Vaccination North-Western Provinces and Oudh 1896-1901 - 1896-1901
Year: 1896
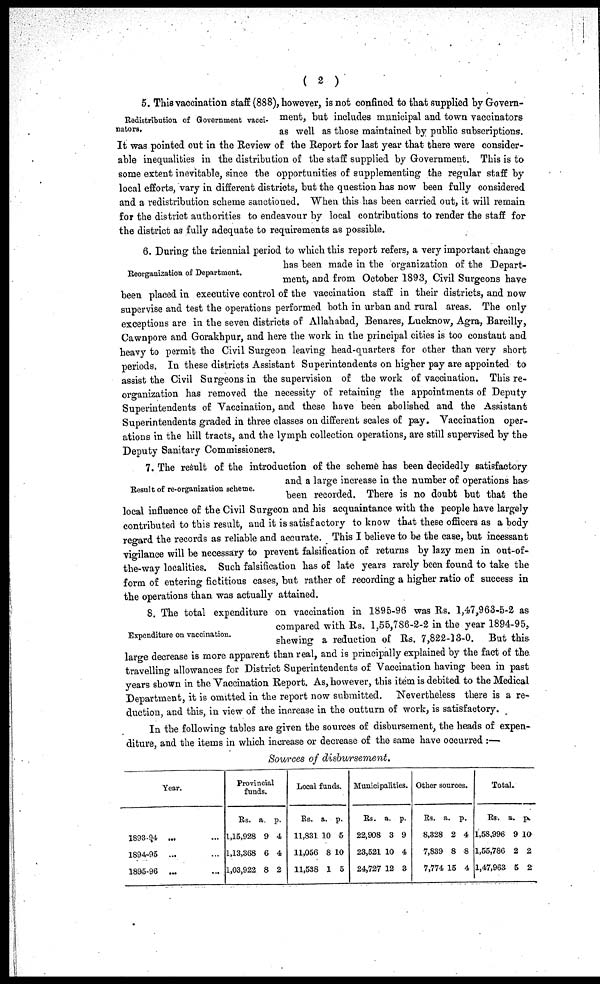
( 2 )
Redistribution of Government vacci-
nators.
5. This vaccination staff (888), however, is not confined to that supplied by Govern-
ment, but includes municipal and town vaccinators
as well as those maintained by public subscriptions.
It was pointed out in the Review of the Report for last year that there were consider-
able inequalities in the distribution of the staff supplied by Government. This is to
some extent inevitable, since the opportunities of supplementing the regular staff by
local efforts, vary in different districts, but the question has now been fully considered
and a redistribution scheme sanctioned. When this has been carried out, it will remain
for the district authorities to endeavour by local contributions to render the staff for
the district as fully adequate to requirements as possible.
Reorganization of Department.
6. During the triennial period to which this report refers, a very important change
has been made in the organization of the Depart-
ment, and from October 1893, Civil Surgeons have
been placed in executive control of the vaccination staff in their districts, and now
supervise and test the operations performed both in urban and rural areas. The only
exceptions are in the seven districts of Allahabad, Benares, Lucknow, Agra, Bareilly,
Cawnpore and Gorakhpur, and here the work in the principal cities is too constant and
heavy to permit the Civil Surgeon leaving head-quarters for other than very short
periods. In these districts Assistant Superintendents on higher pay are appointed to
assist the Civil Surgeons in the supervision of the work of vaccination. This re-
organization has removed the necessity of retaining the appointments of Deputy
Superintendents of Vaccination, and these have been abolished and the Assistant
Superintendents graded in three classes on different scales of pay. Vaccination oper-
ations in the hill tracts, and the lymph collection operations, are still supervised by the
Deputy Sanitary Commissioners.
Result of re-organization scheme.
7. The result of the introduction of the scheme has been decidedly satisfactory
and a large increase in the number of operations has
been recorded. There is no doubt but that the
local influence of the Civil Surgeon and his acquaintance with the people have largely
contributed to this result, and it is satisfactory to know that these officers as a body
regard the records as reliable and accurate. This I believe to be the case, but incessant
vigilance will be necessary to prevent falsification of returns by lazy men in out-of-
the-way localities. Such falsification has of late years rarely been found to take the
form of entering fictitious cases, but rather of recording a higher ratio of success in
the operations than was actually attained.
Expenditure on vaccination.
8. The total expenditure on vaccination in 1895-96 was Rs. 1,47,963-5-2 as
compared with Rs. 1,55,786-2-2 in the year 1894-95,
shewing a reduction of Rs. 7,822-13-0. But this
large decrease is more apparent than real, and is principally explained by the fact of the
travelling allowances for District Superintendents of Vaccination having been in past
years shown in the Vaccination Report. As, however, this item is debited to the Medical
Department, it is omitted in the report now submitted. Nevertheless there is a re-
duction, and this, in view of the increase in the outturn of work, is satisfactory.
In the following tables are given the sources of disbursement, the heads of expen-
diture, and the items in which increase or decrease of the same have occurred :—
Sources of disbursement.
Year.
1893-94 ...
1894-95 ...
1895-96 ...
Provincial
funds.
Rs.
1,15,928
1,13,368
1,03,922
a.
9
6
8
p.
4
4
2
Local funds.
Rs.
11,831
11,056
11,538
a.
10
8
1
p.
5
10
5
Municipalities.
Rs.
22,908
23,521
24,727
a.
3
10
12
p.
9
4
3
Other sources.
Rs.
8,328
7,839
7,774
a.
2
8
15
p.
4
8
4
Total.
Rs.
1,58,996
1,55,786
1,47,963
a.
9
2
5
p.
10
2
2